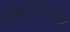
આલકૉક